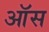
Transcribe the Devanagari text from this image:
ऑस